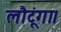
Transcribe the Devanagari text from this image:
लौटूंगा।